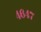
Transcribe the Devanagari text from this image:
४६४७